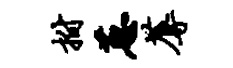
拊葱蓐